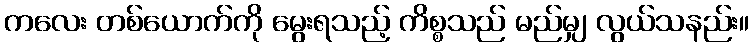
ကလေး တစ်ယောက်ကို မွေးရသည့် ကိစ္စသည် မည်မျှ လွယ်သနည်း။